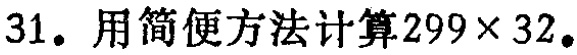
31. 用简便方法计算\(299\times 32\)。